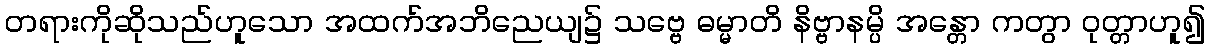
တရားကိုဆိုသည်ဟူသော အထက်အဘိညေယျ၌ သဗ္ဗေ ဓမ္မာတိ နိဗ္ဗာနမ္ပိ အန္တော ကတွာ ဝုတ္တာဟူ၍